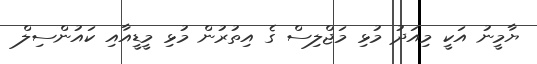
ޔާމީނު އަކީ މިއަދު މުޅި މަޖްލިސް ގެ އިތުރުން މުޅި މީޑީއާއި ކައުންސިލް